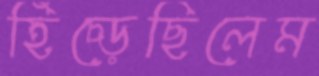
হিঁচ্‌ড়েছিলেম